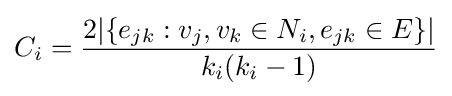
C_{i}={\frac {2|\{e_{jk}:v_{j},v_{k}\in N_{i},e_{jk}\in E\}|}{k_{i}(k_{i}-1)}}